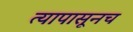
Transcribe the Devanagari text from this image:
त्यापासूनच